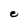
Character: e